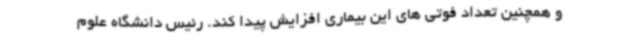
و همچنین تعداد فوتی های این بیماری افزایش پیدا کند. رئیس دانشگاه علوم